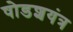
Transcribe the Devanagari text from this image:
षोडशयंत्र